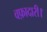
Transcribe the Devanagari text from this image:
वफ़ादारी।